Tartu_pedagoogiumi_aruanded, lk 3
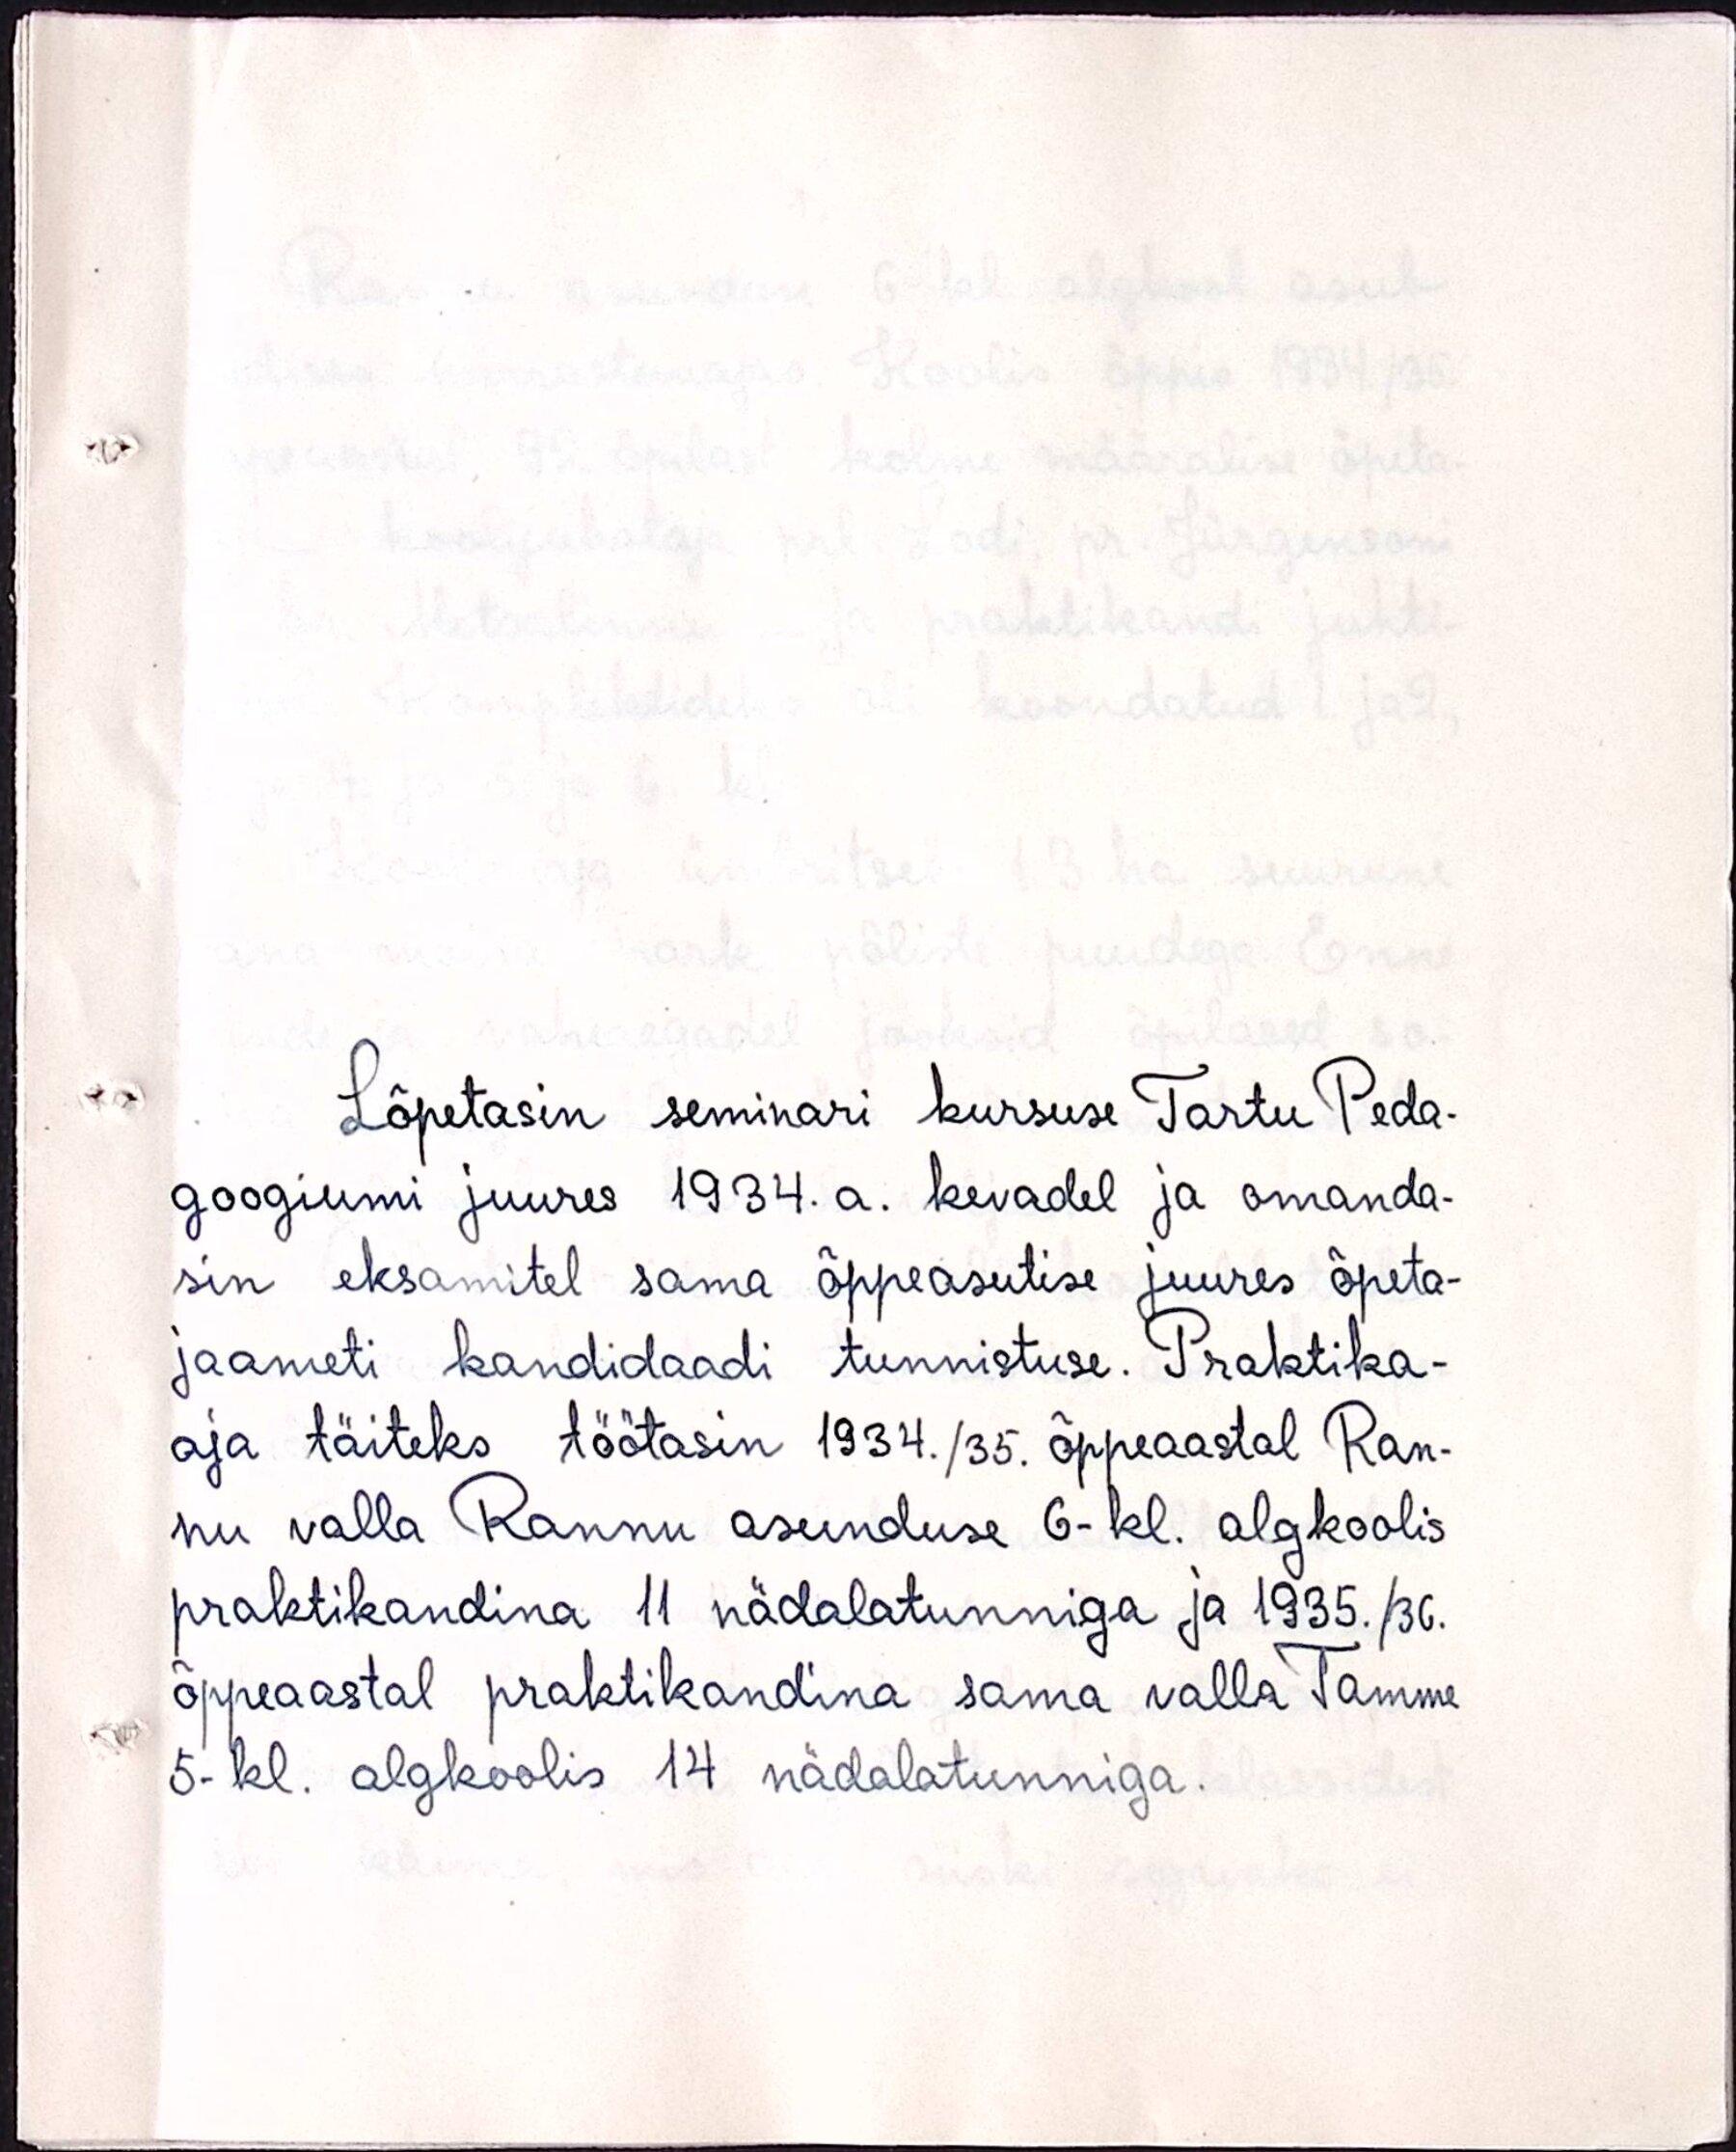
Lõpetasin seminari kursuse Tartu Peda-
googiumi juures 1934. a. kevadel ja omanda-
sin eksamitel sama õppeasutise juures õpeta-
jaameti kandidaadi tunnistuse. Praktika-
aja täiteks töötasin 1934./35. õppeaastal Ran-
nu valla Rannu asunduse 6-kl. algkoolis
praktikandina 11 nädalatunniga ja 1935./36.
õppeaastal praktikandina sama valla Tamme
5- kl. algkoolis 14 nädalatunniga.